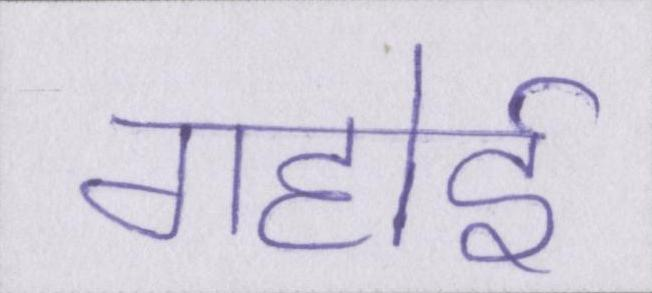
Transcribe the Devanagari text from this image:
गहोई